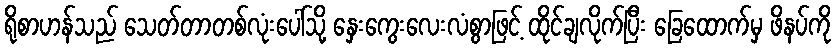
ရိုစာဟန်သည် သေတ်တာတစ်လုံးပေါ်သို့ နှေးကွေးလေးလံစွာဖြင့် ထိုင်ချလိုက်ပြီး ခြေထောက်မှ ဖိနပ်ကို